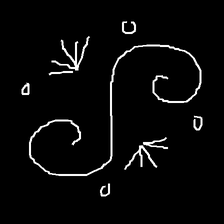
Glyph: aeroform